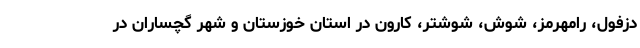
دزفول، رامهرمز، شوش، شوشتر، کارون در استان خوزستان و شهر گچساران در